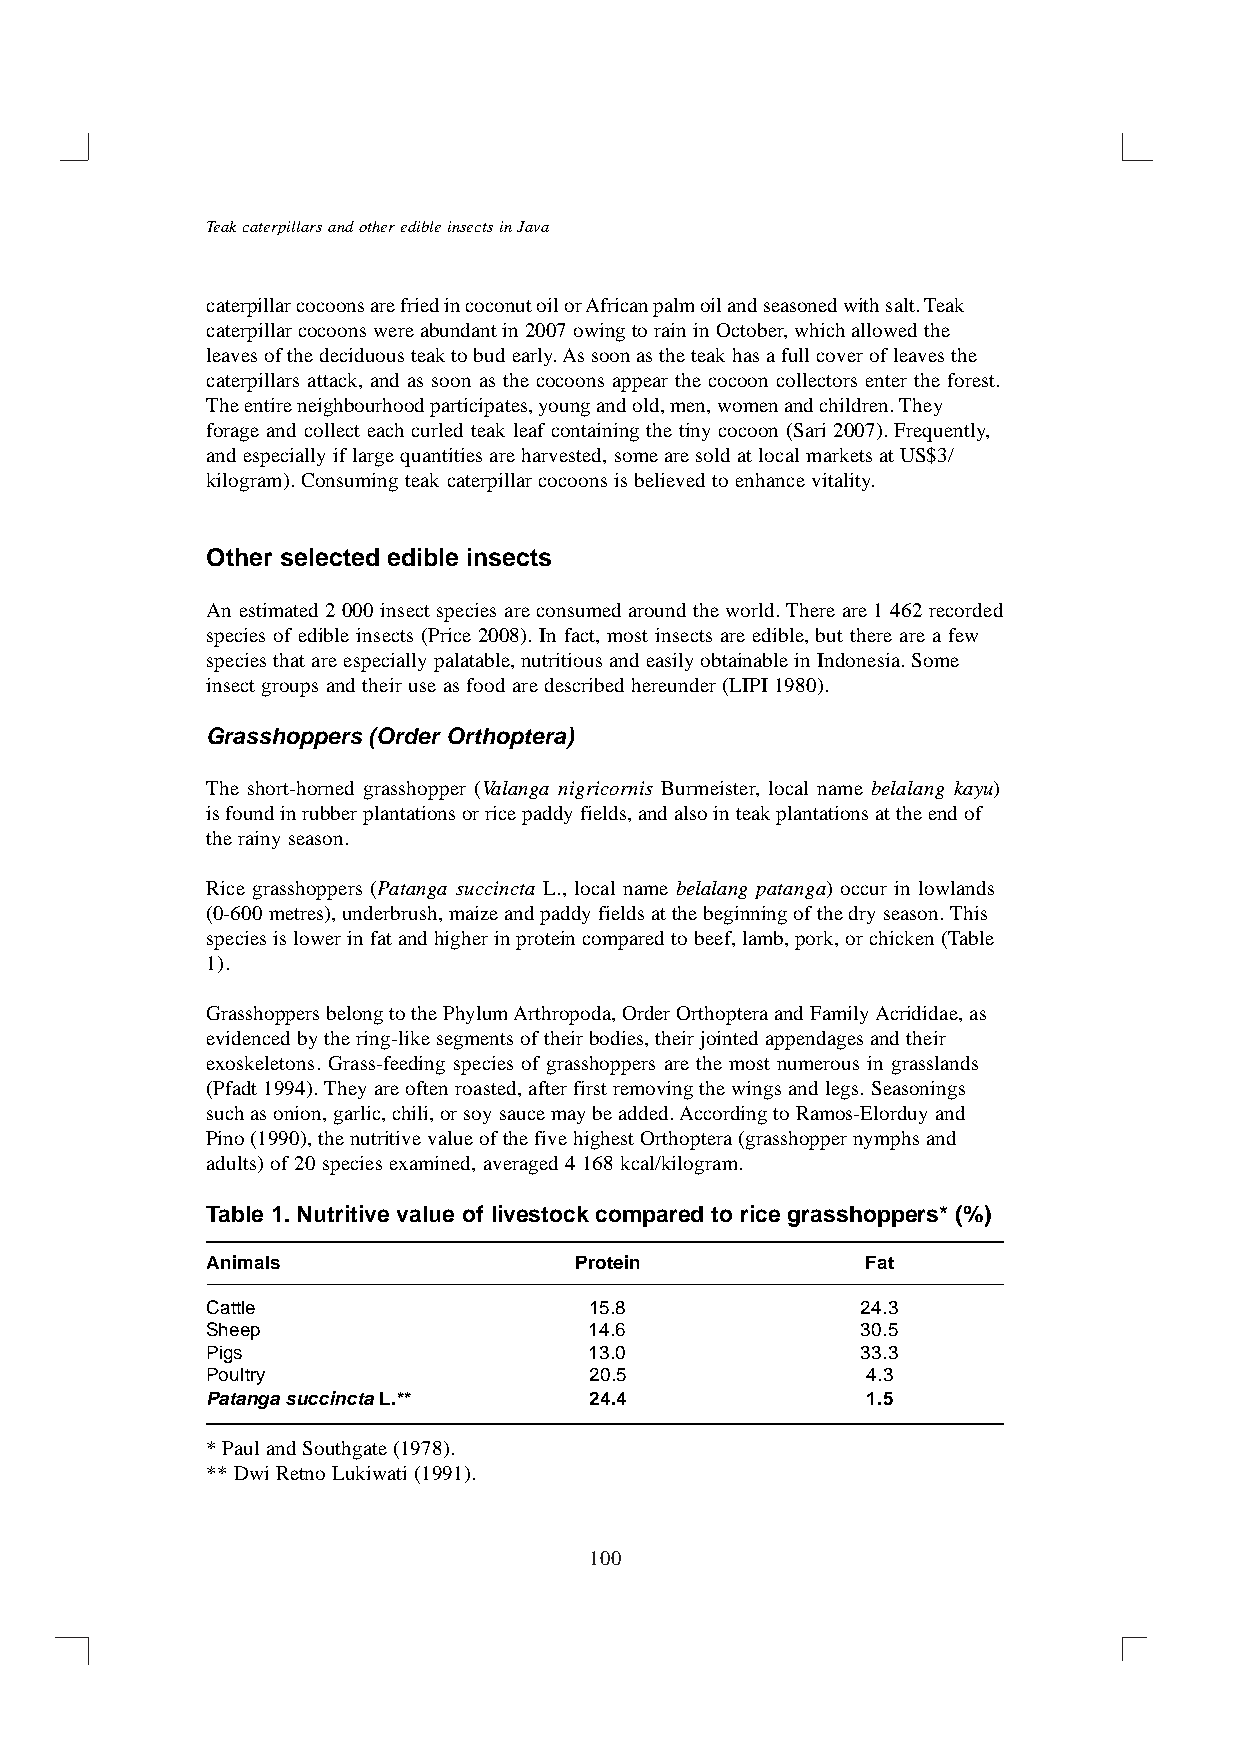
Teak caterpillars and other edible insects in Java
 caterpillar cocoons are fried in coconut oil or African palm oil and seasoned with salt. Teak
 caterpillar cocoons were abundant in 2007 owing to rain in October, which allowed the
 leaves of the deciduous teak to bud early. As soon as the teak has a full cover of leaves the
 caterpillars attack, and as soon as the cocoons appear the cocoon collectors enter the forest.
 The entire neighbourhood participates, young and old, men, women and children. They
 forage and collect each curled teak leaf containing the tiny cocoon (Sari 2007). Frequently,
 and especially if large quantities are harvested, some are sold at local markets at US$3/
 kilogram). Consuming teak caterpillar cocoons is believed to enhance vitality.
 Other selected edible insects
 An estimated 2 000 insect species are consumed around the world. There are 1 462 recorded
 species of edible insects (Price 2008). In fact, most insects are edible, but there are a few
 species that are especially palatable, nutritious and easily obtainable in Indonesia. Some
 insect groups and their use as food are described hereunder (LIPI 1980).
 Grasshoppers (Order Orthoptera)
 The short-horned grasshopper (Valanga nigricornis Burmeister, local name belalang kayu)
 is found in rubber plantations or rice paddy fields, and also in teak plantations at the end of
 the rainy season.
 Rice grasshoppers (Patanga succincta L., local name belalang patanga) occur in lowlands
 (0-600 metres), underbrush, maize and paddy fields at the beginning of the dry season. This
 species is lower in fat and higher in protein compared to beef, lamb, pork, or chicken (Table
 1).
 Grasshoppers belong to the Phylum Arthropoda, Order Orthoptera and Family Acrididae, as
 evidenced by the ring-like segments of their bodies, their jointed appendages and their
 exoskeletons. Grass-feeding species of grasshoppers are the most numerous in grasslands
 (Pfadt 1994). They are often roasted, after first removing the wings and legs. Seasonings
 such as onion, garlic, chili, or soy sauce may be added. According to Ramos-Elorduy and
 Pino (1990), the nutritive value of the five highest Orthoptera (grasshopper nymphs and
 adults) of 20 species examined, averaged 4 168 kcal/kilogram.
 Table 1. Nutritive value of livestock compared to rice grasshoppers* (%)
 Animals                 Protein            Fat
 Cattle                   15.8              24.3
 Sheep                    14.6              30.5
 Pigs                     13.0              33.3
 Poultry                  20.5              4.3
 Patanga succincta L.**   24.4              1.5
 * Paul and Southgate (1978).
 ** Dwi Retno Lukiwati (1991).
 100